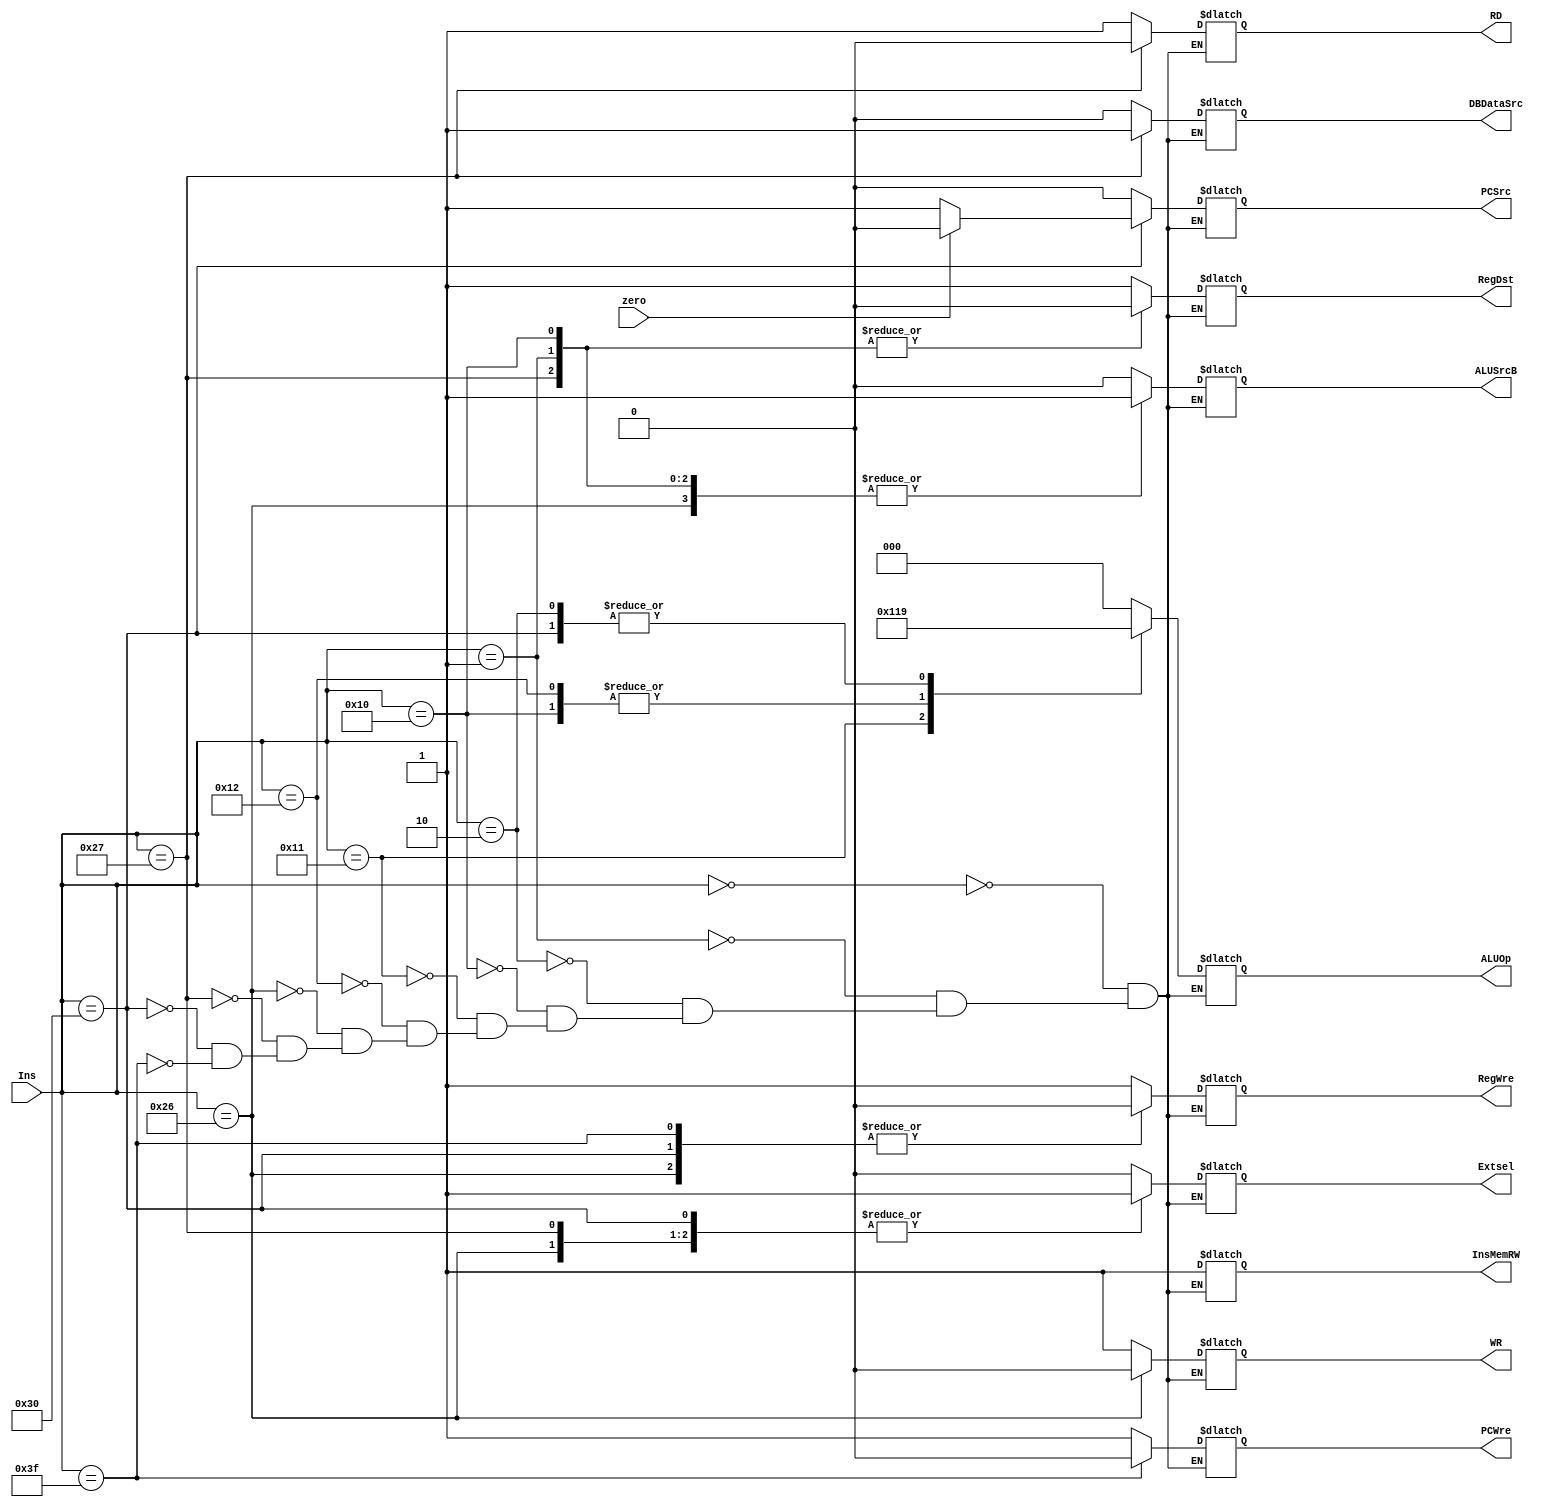
`timescale 1ns / 1ps
//////////////////////////////////////////////////////////////////////////////////
// Company: 
// Engineer: 
// 
// Design Name: 
// Module Name: ControlUnit
// Project Name: 
// Target Devices: 
// Tool Versions: 
// Description: 
// 
// Dependencies: 
// 
// Revision:
// Revision 0.01 - File Created
// Additional Comments:
// 
//////////////////////////////////////////////////////////////////////////////////


module ControlUnit(
    input [5:0] Ins,//
    input zero,
    output reg PCWre,
    output reg Extsel,
    output reg InsMemRW,
    output reg ALUSrcB,
    output reg PCSrc,
    output reg[2:0]ALUOp,
    output reg RD,
    output reg WR,
    output reg DBDataSrc,
    output reg RegWre,
    output reg RegDst
    );
    
    initial
    begin
        PCWre<=1;
        InsMemRW<=1;
        Extsel<=0;
        RegDst<=0;
        RegWre<=1;
        ALUSrcB<=1;
        PCSrc<=0;
        RD<=1;
        WR<=1;
        ALUOp<=3'b000;
        DBDataSrc<=0;
    end
    
    always@(Ins or zero)
    begin
        case(Ins)
            6'b000000://addu
            begin
                Extsel=0;
                RegDst=1;
                ALUSrcB=0;
                ALUOp=3'b000;
                PCWre=1;
                InsMemRW=1;
                RegWre=1;
                PCSrc=0;
                RD=1;
                WR=1;
                DBDataSrc=0;
            end
        
            6'b000001://addiu
            begin
                RegDst=0;
                ALUSrcB=1;
                ALUOp=3'b000;                
                Extsel=0;
                PCWre=1;
                InsMemRW=1;
                RegWre=1;
                PCSrc=0;
                RD=1;
                WR=1;
                DBDataSrc=0;
            end
        
            6'b000010://subu
            begin
                RegDst=1;
                ALUSrcB=0;
                ALUOp=3'b001;
                
                Extsel=1'bx;
                PCWre=1;
                InsMemRW=1;
                RegWre=1;
                PCSrc=0;
                RD=1;
                WR=1;
                DBDataSrc=0;
            end 
        
            6'b010000://ori
            begin
                RegDst=0;
                ALUSrcB=1;
                ALUOp=3'b011;
                
                Extsel=0;
                PCWre=1;
                InsMemRW=1;
                RegWre=1;
                PCSrc=0;
                RD=1;
                WR=1;
                DBDataSrc=0;
        
            end
        
            6'b010001://and
            begin
                RegDst=1;
                ALUSrcB=0;
                ALUOp=3'b100;
                
               Extsel=1'bx;
                PCWre=1;
                InsMemRW=1;
                RegWre=1;
                PCSrc=0;
                RD=1;
                WR=1;
                DBDataSrc=0;
            end
        
            6'b010010://or
            begin
                RegDst=1;
                ALUSrcB=0;
                ALUOp=3'b011;
                
                Extsel=1'bx;
                PCWre=1;
                InsMemRW=1;
                RegWre=1;
                PCSrc=0;
                RD=1;
                WR=1;
                DBDataSrc=0;
            end
        
            6'b100110://sw
            begin
                Extsel=1;
                RegDst=1'bx;//
                RegWre=0;
                ALUSrcB=1;
                PCSrc=0;
                WR=0;
                ALUOp=3'b000;
                
                PCWre=1;
                InsMemRW=1;
                RD=1;
                DBDataSrc=0;
            end
        
            6'b100111://lw
            begin
                Extsel=1;
                RegDst=0;
                ALUSrcB=1;
                PCSrc=0;
                RD=0;
                WR=1;
                ALUOp=3'b000;
                DBDataSrc=1;
                PCWre=1;
                InsMemRW=1;
                RegWre=1;
            end
        
            6'b110000://bne
            begin
                Extsel=1;
                RegDst=1'bx;
                ALUSrcB=0;
                ALUOp=3'b001;
                DBDataSrc=1'bz;
                RegWre=0;
                PCWre=1;
                InsMemRW=1;
                RD=1;
                WR=1;
                if(zero==0)
                begin
                    PCSrc=1;
                end
                else if(zero==1)
                begin
                    PCSrc=0;
                end
                
            end
        
            6'b111111://halt
            begin
                Extsel=1'bx;
                PCWre=0;
                RegDst=1'bx;
                RegWre=0;
                PCSrc=1'bx;
                RD=1'bx;
                WR=1'bx;
                DBDataSrc=1'bx;
                ALUSrcB=1'bx;
                ALUOp=3'bxxx;
                InsMemRW=1;
            end
        endcase
    end
    
endmodule